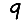
Digit: 9